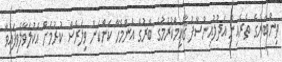
ތިންބާރުގެ ތެރެއިން އަދުލުއިންސާފު ޤާއިމްކުރުމުގެ ބާރުގެ އެންމެހާ ކަންކަން ވިލަރެސް ކުރުމަށް އެކުލަވާލެވިފައިވާ